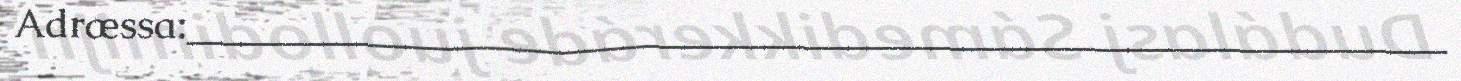
Adræssa:_______________________________________________________________